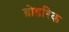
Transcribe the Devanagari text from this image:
ब्रोडरिक